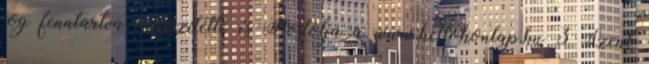
jog fenntartva. Készítette és Hostolja a www.hellohonlap.hu 3 Szent